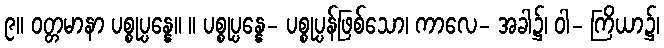
၉။ ဝတ္တမာနာ ပစ္စုပ္ပန္နေ။ ။ ပစ္စုပ္ပန္နေ- ပစ္စုပ္ပန်ဖြစ်သော၊ ကာလေ- အခါ၌၊ ဝါ- ကြိယာ၌၊